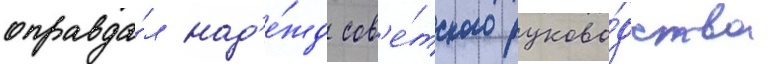
оправда́л над'е́жд сов'е́тского руково́дства